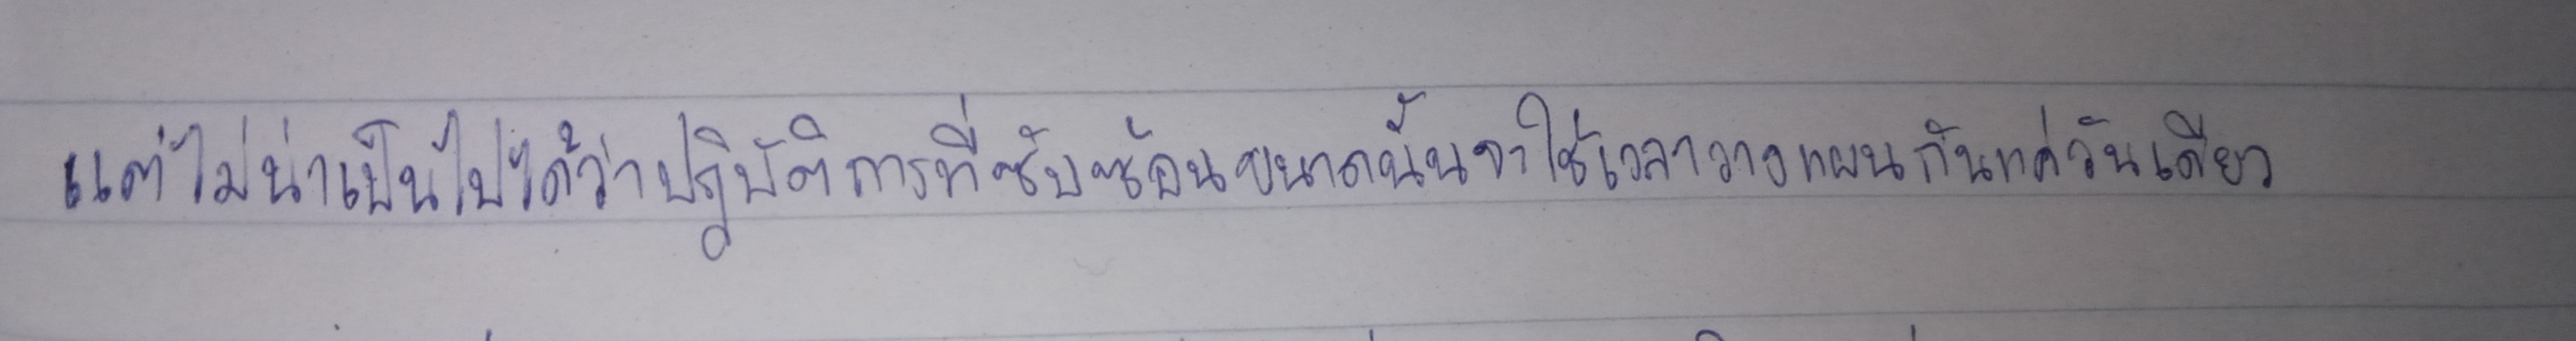
แต่ไม่น่าเป็นไปได้ว่าปฏิบัติการที่ซับซ้อนขนาดนั้นจะใช้เวลาวางแผนกันแค่วันเดียว